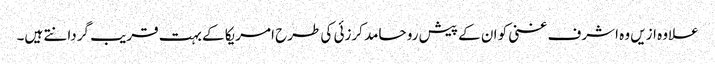
علاوہ ازیں وہ اشرف غنی کو ان کے پیش رو حامد کرزئی کی طرح امریکا کے بہت قریب گردانتے ہیں۔